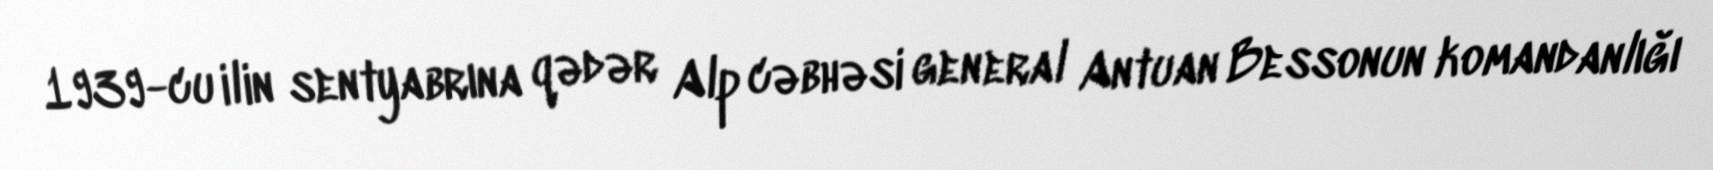
1939-cu ilin sentyabrına qədər Alp cəbhəsi general Antuan Bessonun komandanlığı